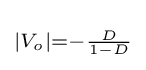
\scriptstyle \left|V_{o}\right|=-{\frac {D}{1-D}}